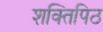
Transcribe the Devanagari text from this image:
शक्तिपिठ